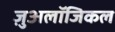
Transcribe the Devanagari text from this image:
ज़ुअलॉजिकल